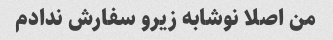
من اصلا نوشابه زیرو سفارش ندادم